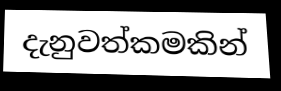
දැනුවත්කමකින්